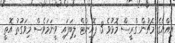
އިއްޔެގެ މެޗުން ގްރީސް މޮޅުވެ 3 ޕޮއިންޓް ލިބަފައި ވީނަމަވެސް މިވަގުތު އޮތީ